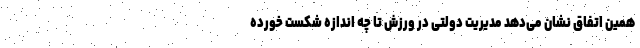
همین اتفاق نشان می‌دهد مدیریت دولتی در ورزش تا چه اندازه شکست خورده